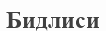
Бидлиси